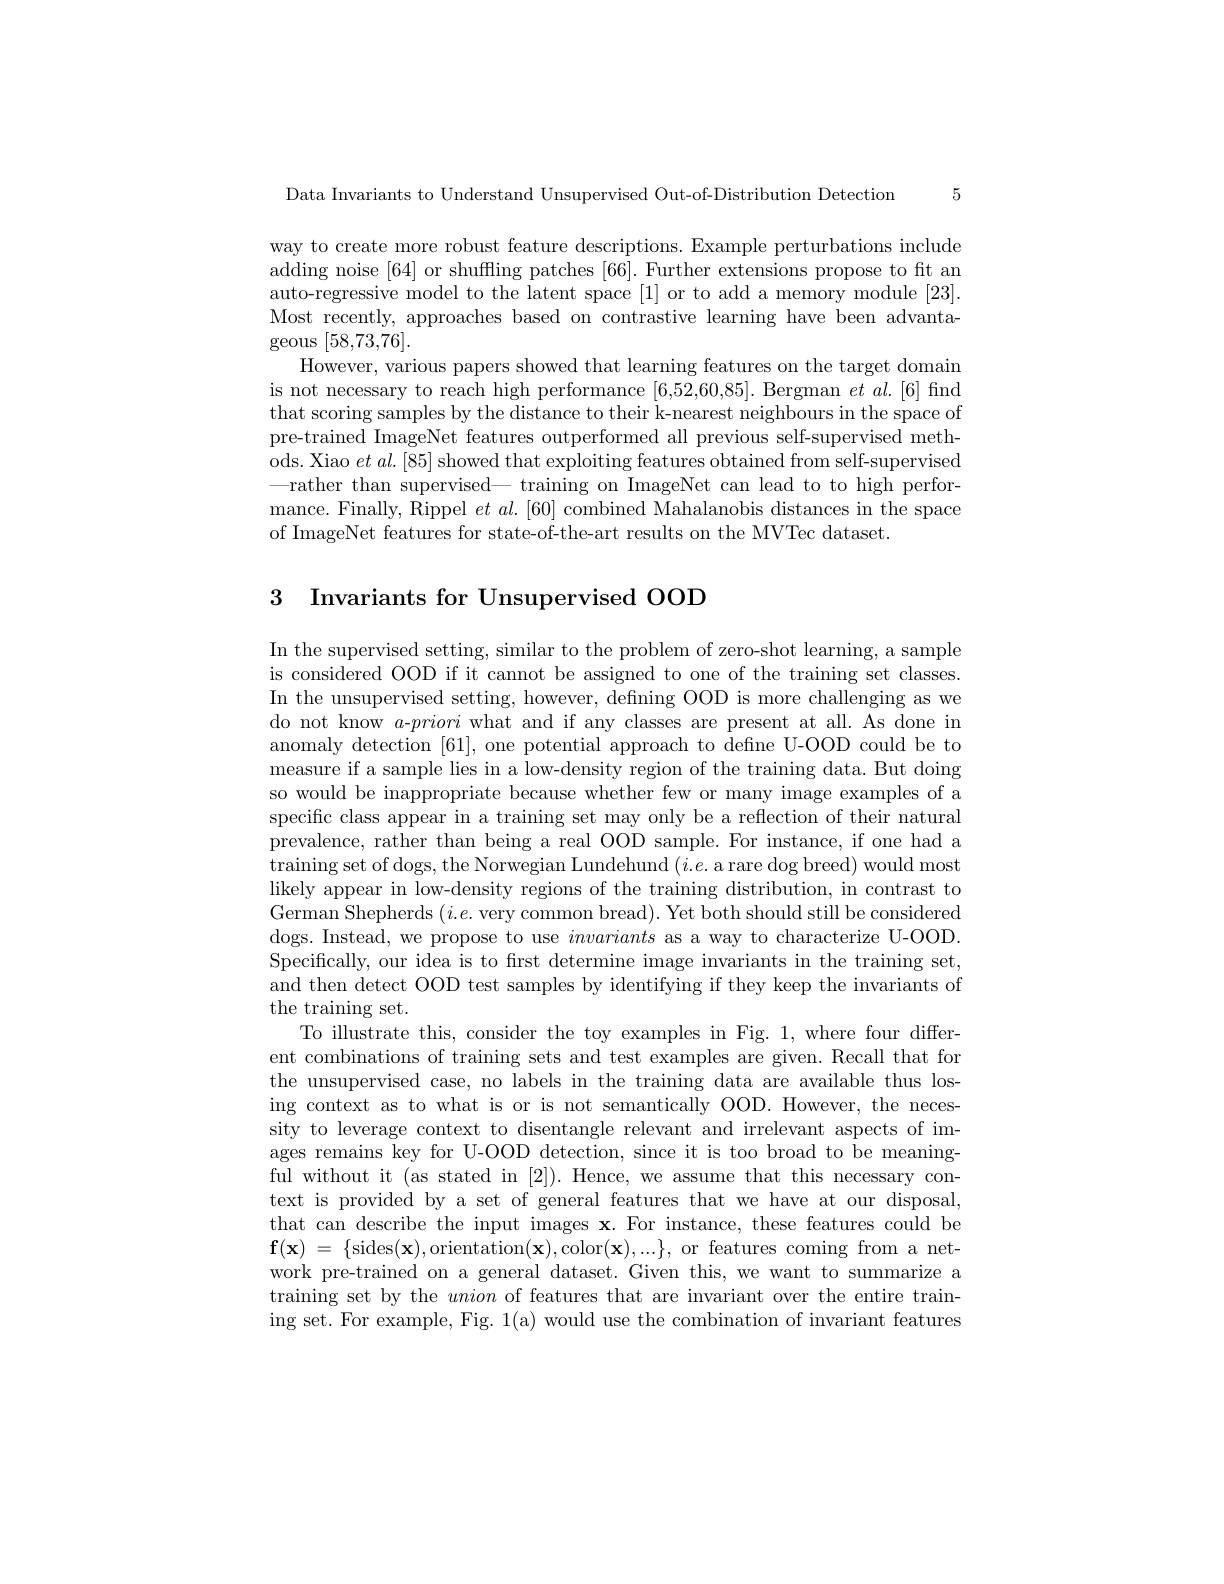
Data Invariants to Understand Unsupervised Out-of-Distribution Detection 5

way to create more robust feature descriptions. Example perturbations include adding noise [64] or shuffling patches [66]. Further extensions propose to ft an auto-regressive model to the latent space [1] or to add a memory module [23]. Most recently, approaches based on contrastive learning have been advantageous [58,73,76].
However, various papers showed that learning features on the target domain is not necessary to reach high performance [6,52,60,85]. Bergman $et\textit{al. [ 6] find}$ that scoring samples by the distance to their k-nearest neighbours in the space of pre-trained ImageNet features outperformed all previous self-supervised methods. Xiao $et\textit{al. [ 85] showed that exploiting features obtained from self- supervised}$ —rather than supervised— training on ImageNet can lead to to high performance. Finally, Rippel $et\textit{al. [ 60] combined Mahalanobis distances in the space}$ of ImageNet features for state-of-the-art results on the MVTec dataset.

3 Invariants for Unsupervised OOD

In the supervised setting, similar to the problem of zero-shot learning, a sample is considered OOD if it cannot be assigned to one of the training set classes. In the unsupervised setting, however, defning OOD is more challenging as we do not know $a$-priori what and if any classes are present at all.As done in anomaly detection [61], one potential approach to define U-OOD could be to measure if a sample lies in a low-density region of the training data. But doing so would be inappropriate because whether few or many image examples of a specific class appear in a training set may only be a reflection of their natural prevalence, rather than being a real OOD sample. For instance, if one had a training set of dogs, the Norwegian Lundehund $(i.e.$ a rare dog breed) would most likely appear in low-density regions of the training distribution, in contrast to German Shepherds $(i.e.$ very common bread). Yet both should still be considered dogs. Instead, we propose to use invariants as a way to characterize U-OOD. Specifically, our idea is to first determine image invariants in the training set, and then detect OOD test samples by identifying if they keep the invariants of the training set.
To illustrate this, consider the toy examples in Fig. 1, where four different combinations of training sets and test examples are given. Recall that for the unsupervised case, no labels in the training data are available thus losing context as to what is or is not semantically OOD. However, the necessity to leverage context to disentangle relevant and irrelevant aspects of images remains key for U-OOD detection, since it is too broad to be meaningful without it (as stated in [2]). Hence, we assume that this necessary context is provided by a set of general features that we have at our disposal, that can describe the input images $\mathbf{x}.$ For instance, these features could be $\mathbf{f} ( \mathbf{x} )$ = $\{$sides$(\mathbf{x})$,orientation$(\mathbf{x})$,color$(\mathbf{x}),...\}$,or features coming from a network pre-trained on a general dataset. Given this, we want to summarize a training set by the union of features that are invariant over the entire training set. For example, Fig. 1(a) would use the combination of invariant features